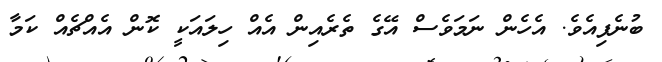
ބުނެފިއެވެ. އެހެން ނަމަވެސް އޭގެ ތެރެއިން އެއް ހިލައަކީ ކޮން އެއްޗެއް ކަމާ